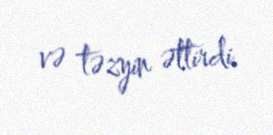
və təzyin əttirdi.